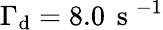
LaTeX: \Gamma_{\mathrm{d}}=8.0\, \mathrm{~s~}^{-1}